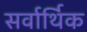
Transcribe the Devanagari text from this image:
सर्वार्थिक